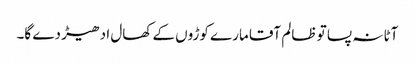
آٹا نہ پسا تو ظالم آقا مارے کوڑوں کے کھال ادھیڑ دے گا۔